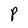
Character: P